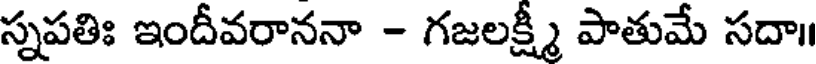
స్నపతిః ఇందీవరాననా - గజలక్ష్మీ పాతుమే సదా